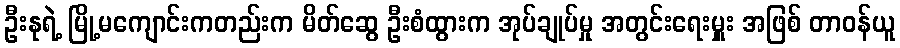
ဦးနုရဲ့ မြို့မကျောင်းကတည်းက မိတ်ဆွေ ဦးစံထွားက အုပ်ချုပ်မှု အတွင်းရေးမှူး အဖြစ် တာဝန်ယူ